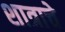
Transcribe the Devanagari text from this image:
शात्राचे